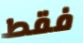
فقط